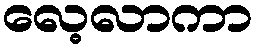
လေ့လာကာ